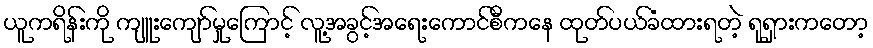
ယူကရိန်းကို ကျူးကျော်မှုကြောင့် လူ့အခွင့်အရေးကောင်စီကနေ ထုတ်ပယ်ခံထားရတဲ့ ရုရှားကတော့